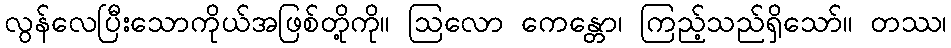
လွန်လေပြီးသောကိုယ်အဖြစ်တို့ကို။ ဩလော ကေန္တော၊ ကြည့်သည်ရှိသော်။ တဿ၊